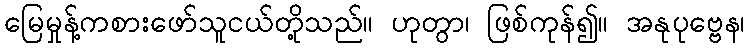
မြေမှုန့်ကစားဖော်သူငယ်တို့သည်။ ဟုတွာ၊ ဖြစ်ကုန်၍။ အနုပုဗ္ဗေန၊